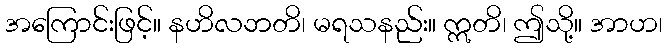
အကြောင်းဖြင့်။ နဟိလဘတိ၊ မရသနည်း။ ဣတိ၊ ဤသို့။ အာဟ၊